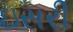
ઇસરી